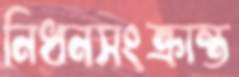
নিধনসংক্রান্ত